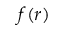
f ( r )